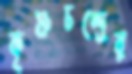
কৃষ্ণচন্দ্রের